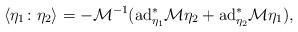
LaTeX: \begin{align*}\langle \eta_1 \colon \eta_2 \rangle=- {\mathcal M}^{-1} ({\rm ad}_{\eta_1}^* {\mathcal M} \eta_2+{\rm ad}_{\eta_2}^* {\mathcal M} \eta_1),\end{align*}